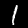
Digit: 1